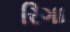
રિગા